Indian Civil Veterinary Department memoirs
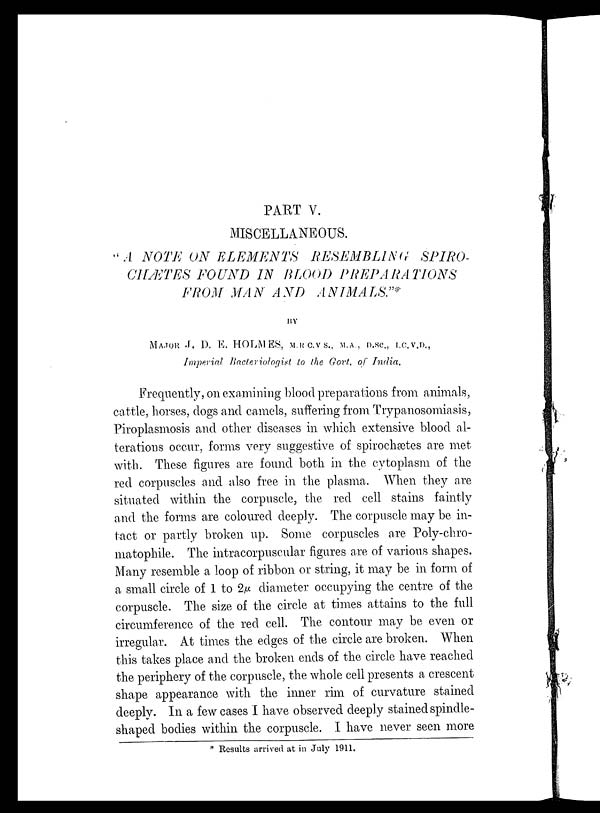
PART V.
MISCELLANEOUS.
" A NOTE ON ELEMENTS
RESEMBLING
SPIRO-
CHÆTES FOUND IN BLOOD
PREPARATIONS
FROM MAN AND
ANIMALS."*
BY
MAJOR J. D. E. HOLMES, M.R C.V S., M.A., D.Sc., I.C.V.D.,
Imperial Bacteriologist to the Govt. of India.
Frequently, on examining blood preparations from animals,
cattle, horses, dogs and camels, suffering from Trypanosomiasis,
Piroplasmosis and other diseases in which extensive blood al-
terations occur, forms very suggestive of spirochætes are met
with. These figures are found both in the cytoplasm of the
red corpuscles and also free in the plasma. When they are
situated within the corpuscle, the red cell stains faintly
and the forms are coloured deeply. The corpuscle may be in-
tact or partly broken up. Some corpuscles are Poly-chro-
matophile. The intracorpuscular figures are of various shapes.
Many resemble a loop of ribbon or string, it may be in form of
a small circle of 1 to 2µ diameter occupying the centre of the
corpuscle. The size of the circle at times attains to the full
circumference of the red cell. The contour may be even or
irregular. At times the edges of the circle are broken. When
this takes place and the broken ends of the circle have reached
the periphery of the corpuscle, the whole cell presents a crescent
shape appearance with the inner rim of curvature stained
deeply. In a few cases I have observed deeply stained spindle-
shaped bodies within the corpuscle. I have never seen more
* Results arrived at in July 1911.